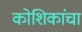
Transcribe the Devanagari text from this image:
कोशिकांचा